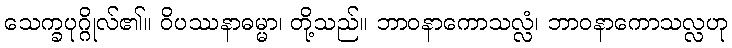
သေက္ခပုဂ္ဂိုလ်၏။ ဝိပဿနာဓမ္မာ၊ တို့သည်။ ဘာဝနာကောသလ္လံ၊ ဘာဝနာကောသလ္လဟု